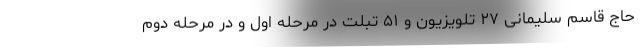
حاج قاسم سلیمانی ۲۷ تلویزیون و ۵۱ تبلت در مرحله اول و در مرحله دوم